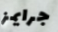
جرايمز